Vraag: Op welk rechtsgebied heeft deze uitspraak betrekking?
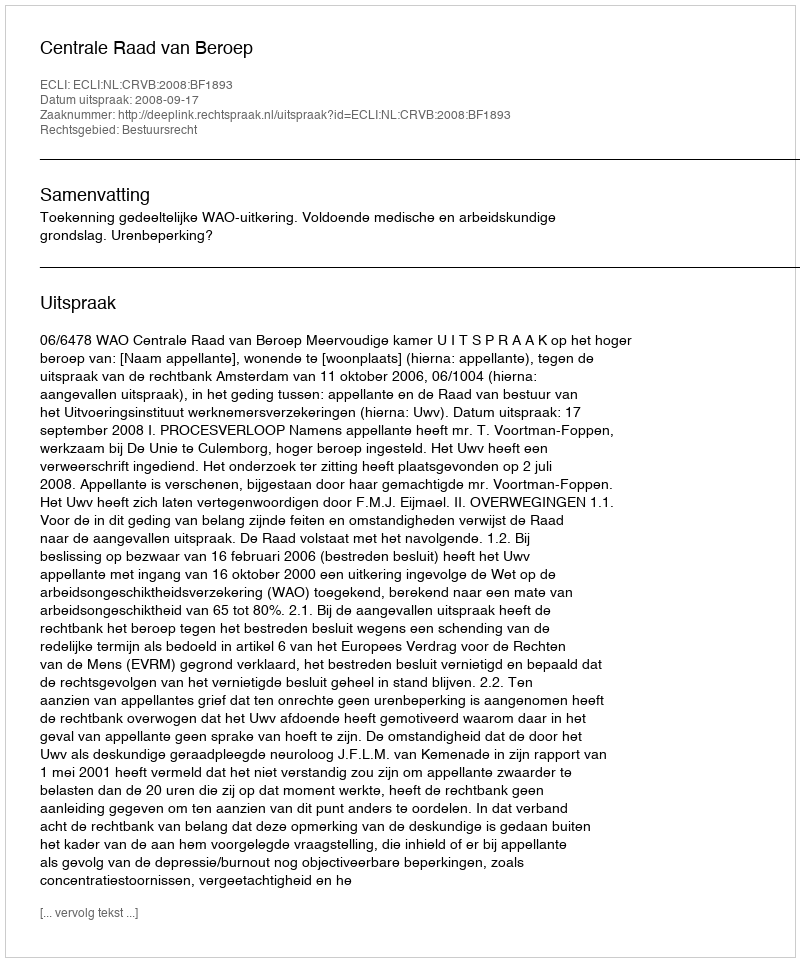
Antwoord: Bestuursrecht